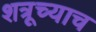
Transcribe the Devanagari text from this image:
शत्रूच्याच